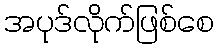
အပုဒ်လိုက်ဖြစ်စေ